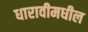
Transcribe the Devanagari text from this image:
धारावीमधील